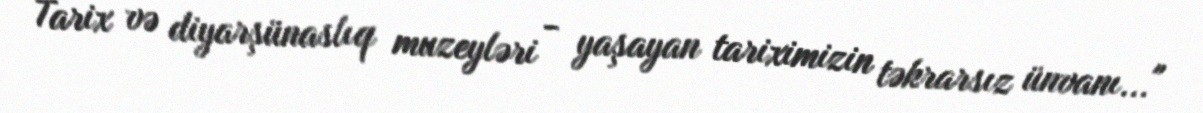
Tarix və diyarşünaslıq muzeyləri - yaşayan tariximizin təkrarsız ünvanı..."